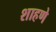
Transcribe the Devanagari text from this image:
शाहणे